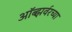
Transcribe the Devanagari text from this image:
ऑब्झर्वरच्या